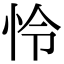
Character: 怜